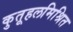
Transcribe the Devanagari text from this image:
कुतूहलमिश्रित